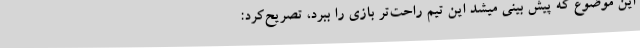
این موضوع که پیش بینی میشد این تیم راحت‌تر بازی را ببرد، تصریح‌کرد: